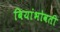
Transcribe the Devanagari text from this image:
बियांभोवती